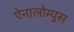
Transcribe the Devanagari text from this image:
ऐनालोग्युस